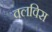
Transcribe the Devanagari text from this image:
वलविस